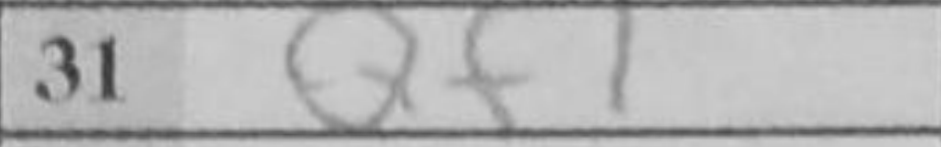
Transcription: Qf1